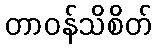
တာဝန်သိစိတ်